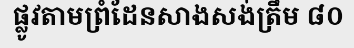
ផ្លូវតាមព្រំដែនសាងសង់ត្រឹម ៨០